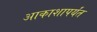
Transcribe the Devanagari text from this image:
आकाशापर्यंत